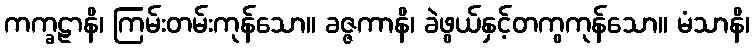
ကက္ခဠာနိ၊ ကြမ်းတမ်းကုန်သော။ ခဇ္ဇကာနိ၊ ခဲဖွယ်နှင့်တကွကုန်သော။ မံသာနိ၊